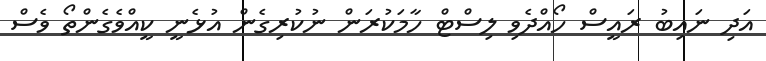
އަދި ނައިބު ރައީސް ހޯއްދެވި ލިސްޓް ހާމަކުރަން ނުކުރިގެން އުޅެނީ ކީއްވެގެންތޯ ވެސް